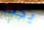
يجب